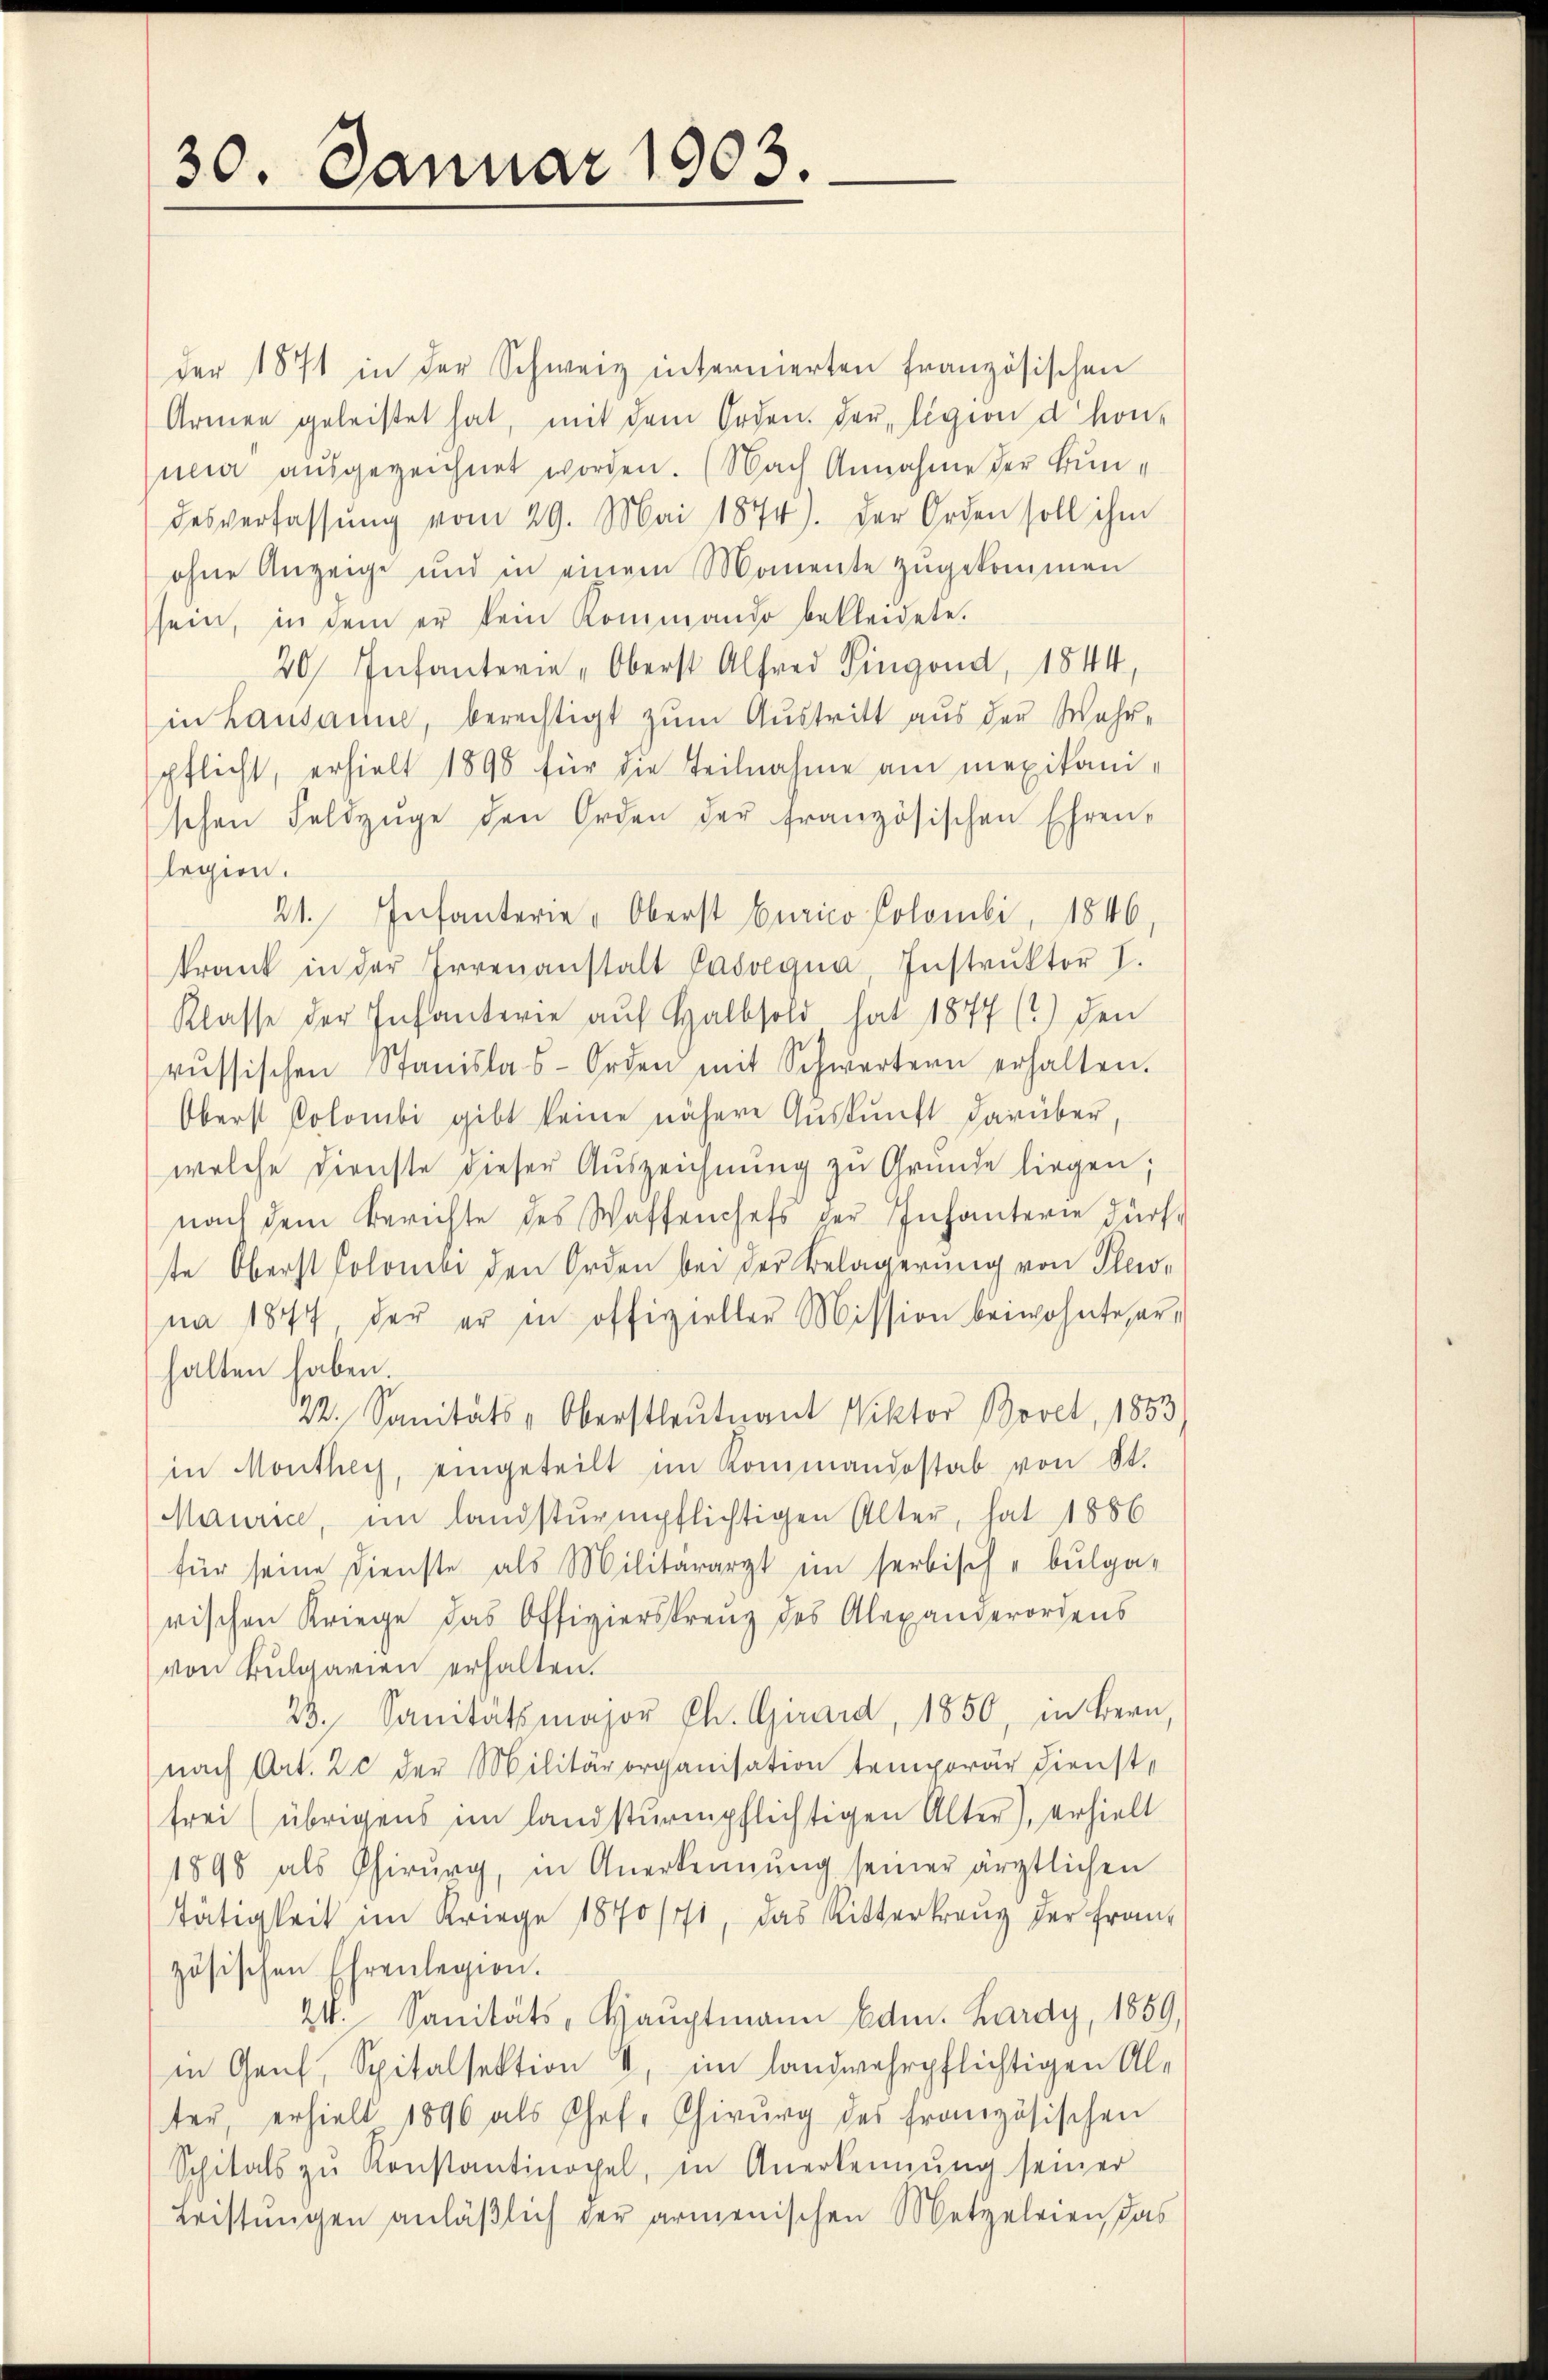
30. Januar 1903.

der 1871 in der Schweiz internierten französischen
Armen geleistet hat, mit dem Orden. Der ligion d. hon-
neier aŭsgezeichnet worden. (Nach Annahme der Bundesverfassŭng vom 29. Mai 1874). Der Orden soll ihm
ohne Anzeige und in einem Momente zŭgekommen
sein, in dem er kein Kommando bekleidete.
20 Infanterie "Oberst Alfred Singend, 1844,
in Lausaum, berechtigt zum Austritt aus der Wahrpflicht, erhielt 1895 für die Teilnahme am mexikani-
schen Feldzüge den Orden der französischen Ehren-
legien.
21. Infanterie " Oberst Curico Polombi, 1846,
krank in der Irrenanstalt Passegna, Instrŭktor I.
Klasse der Infanterie auf Halbold hat 1877 (?) den
rŭssischen Stanislas-Orden mit Schwertern erhalten.
Oberst Polombi gibt keine nähere Auskunft darüber,
welche Dienste dieser Auszeichnung zu Grunde liegen;
nach dem Berichte des Waffenchefs der Infanterie dürfe
te Oberst Colombe den Orden bei der Belagerung von Pleo-
na 1877, der er in offizieller Mission beiwohnte, erhalten haben.
22. Sanitäts-Oberstleutnant Viktor Bovet, 1853
in Monthey, eingeteilt im Kommandostab von St.
Maurice, im landsturmpflichtigen Alter, hat 1886
für seine Dienste als Militärarzt im serbische bulga-
rischen Kriege das Offizierskrenz des Alexanderordens
von Bulgarien erhalten.
23. Sanitätsmajor Ch. Girard, 1850, in Bern,
nach Art. 2 der Militärorganisation temporär Dienstfrei (übrigens im landsturmpflichtigen Alter), erhielt
1890 als Chirurg, in Anerkennung seiner ärztlichen
stätigkeit im Kriege 1870 /ft, das Mitterkreuz der Franz
zösischen Ehrenlegion.
24. Sanitäts, Haŭptmann Edm. Lardy, 1859,
in Genf, Spitalsektion 4, im landwehrpflichtigen Al-
ter, erhielt 1896 als Chef. Chirurg des französischen
Schitals zŭ Konstantinopel, in Anerkennung seiner
Leistŭngen anläβlich der armenischen Metzeleien das